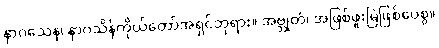
နာဂသေန၊ နာဂသိန်ကိုယ်တော်အရှင်ဘုရား။ အဗ္ဘုတံ၊ အဖြစ်ဖူးမြဲဖြစ်ပေစွ။